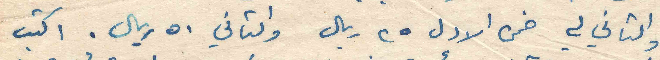
والثاني لي ضمن الاول ٢٥ ريال والثاني ٥٠ ريال. اكتب